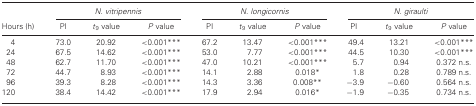
<table><thead><tr><td></td><td colspan="3"><b><i>N. vitripennis</i></b></td><td colspan="3"><b><i>N. longicornis</i></b></td><td colspan="3"><b><i>N. giraulti</i></b></td></tr><tr><td><b>Hours (h)</b></td><td><b>PI</b></td><td><b><i>t</i><sub>9</sub> value</b></td><td><b><i>P</i> value</b></td><td><b>PI</b></td><td><b><i>t</i><sub>9</sub> value</b></td><td><b><i>P</i> value</b></td><td><b>PI</b></td><td><b><i>t</i><sub>9</sub> value</b></td><td><b><i>P</i> value</b></td></tr></thead><tbody><tr><td>4</td><td>73.0</td><td>20.92</td><td>&lt;0.001<sup>*</sup><sup>*</sup><sup>*</sup></td><td>67.2</td><td>13.47</td><td>&lt;0.001<sup>*</sup><sup>*</sup><sup>*</sup></td><td>49.4</td><td>13.21</td><td>&lt;0.001<sup>*</sup><sup>*</sup><sup>*</sup></td></tr><tr><td>24</td><td>67.5</td><td>14.62</td><td>&lt;0.001<sup>*</sup><sup>*</sup><sup>*</sup></td><td>53.0</td><td>7.77</td><td>&lt;0.001<sup>*</sup><sup>*</sup><sup>*</sup></td><td>44.5</td><td>10.30</td><td>&lt;0.001<sup>*</sup><sup>*</sup><sup>*</sup></td></tr><tr><td>48</td><td>62.7</td><td>11.70</td><td>&lt;0.001<sup>*</sup><sup>*</sup><sup>*</sup></td><td>47.0</td><td>10.21</td><td>&lt;0.001<sup>*</sup><sup>*</sup><sup>*</sup></td><td>5.7</td><td>0.94</td><td>0.372 n.s.</td></tr><tr><td>72</td><td>44.7</td><td>8.93</td><td>&lt;0.001<sup>*</sup><sup>*</sup><sup>*</sup></td><td>14.1</td><td>2.88</td><td>0.018<sup>*</sup></td><td>1.8</td><td>0.28</td><td>0.789 n.s.</td></tr><tr><td>96</td><td>39.3</td><td>8.28</td><td>&lt;0.001<sup>*</sup><sup>*</sup><sup>*</sup></td><td>14.3</td><td>3.36</td><td>0.008<sup>*</sup><sup>*</sup></td><td>−3.9</td><td>−0.60</td><td>0.564 n.s.</td></tr><tr><td>120</td><td>38.4</td><td>14.42</td><td>&lt;0.001<sup>*</sup><sup>*</sup><sup>*</sup></td><td>17.9</td><td>2.94</td><td>0.016<sup>*</sup></td><td>−1.9</td><td>−0.35</td><td>0.734 n.s.</td></tr></tbody></table>